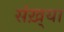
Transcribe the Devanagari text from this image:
संख़्या